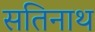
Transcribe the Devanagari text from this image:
सतिनाथ